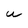
Character: W